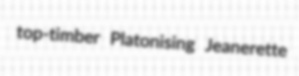
top-timber Platonising Jeanerette